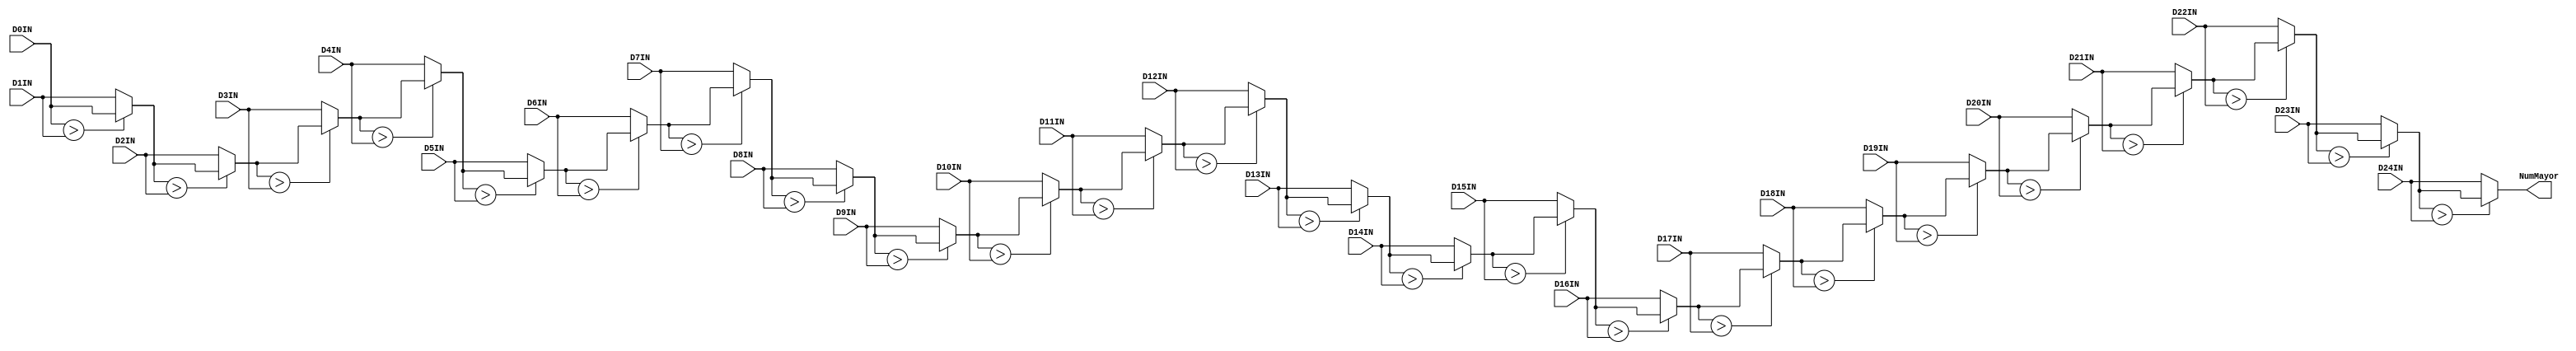
module ModuloEsp(
	 input [31:0] D0IN,
	 input [31:0] D1IN,
	 input [31:0] D2IN,
	 input [31:0] D3IN,
	 input [31:0] D4IN,
	 input [31:0] D5IN,
	 input [31:0] D6IN,
	 input [31:0] D7IN,
	 input [31:0] D8IN,
	 input [31:0] D9IN,
	 input [31:0] D10IN,
	 input [31:0] D11IN,
	 input [31:0] D12IN,
	 input [31:0] D13IN,
	 input [31:0] D14IN,
	 input [31:0] D15IN,
	 input [31:0] D16IN,
	 input [31:0] D17IN,
	 input [31:0] D18IN,
	 input [31:0] D19IN,
	 input [31:0] D20IN,
	 input [31:0] D21IN,
	 input [31:0] D22IN,
	 input [31:0] D23IN,
	 input [31:0] D24IN,
	 output reg [31:0] NumMayor
);

reg [31:0] MayorTMP0;
reg [31:0] MayorTMP1;
reg [31:0] MayorTMP2;
reg [31:0] MayorTMP3;
reg [31:0] MayorTMP4;
reg [31:0] MayorTMP5;
reg [31:0] MayorTMP6;
reg [31:0] MayorTMP7;
reg [31:0] MayorTMP8;
reg [31:0] MayorTMP9;
reg [31:0] MayorTMP10;
reg [31:0] MayorTMP11;
reg [31:0] MayorTMP12;
reg [31:0] MayorTMP13;
reg [31:0] MayorTMP14;
reg [31:0] MayorTMP15;
reg [31:0] MayorTMP16;
reg [31:0] MayorTMP17;
reg [31:0] MayorTMP18;
reg [31:0] MayorTMP19;
reg [31:0] MayorTMP20;
reg [31:0] MayorTMP21;
reg [31:0] MayorTMP22;
reg [31:0] MayorTMP23;

initial begin
MayorTMP0 <= 0;
MayorTMP1 <= 0;
MayorTMP2 <= 0;
MayorTMP3 <= 0;
MayorTMP4 <= 0;
MayorTMP5 <= 0;
MayorTMP6 <= 0;
MayorTMP7 <= 0;
MayorTMP8 <= 0;
MayorTMP9 <= 0;
MayorTMP10 <= 0;
MayorTMP11 <= 0;
MayorTMP12 <= 0;
MayorTMP13 <= 0;
MayorTMP14 <= 0;
MayorTMP15 <= 0;
MayorTMP16 <= 0;
MayorTMP17 <= 0;
MayorTMP18 <= 0;
MayorTMP19 <= 0;
MayorTMP20 <= 0;
MayorTMP21 <= 0;
MayorTMP22 <= 0;
MayorTMP23 <= 0;
end

always@(*)
begin
	if(D0IN > D1IN)
		MayorTMP0 <= D0IN;
	else
		MayorTMP0 <= D1IN;
		
	if(MayorTMP0 > D2IN)
		MayorTMP1 <= MayorTMP0;
	else
		MayorTMP1 <= D2IN;
		
	if(MayorTMP1 > D3IN)
		MayorTMP2 <= MayorTMP1;
	else
		MayorTMP2 <= D3IN;
		
	if(MayorTMP2 > D4IN)
		MayorTMP3 <= MayorTMP2;
	else
		MayorTMP3 <= D4IN;
		
	if(MayorTMP3 > D5IN)
		MayorTMP4 <= MayorTMP3;
	else
		MayorTMP4 <= D5IN;
		
	if(MayorTMP4 > D6IN)
		MayorTMP5 <= MayorTMP4;
	else
		MayorTMP5 <= D6IN;
		
	if(MayorTMP5 > D7IN)
		MayorTMP6 <= MayorTMP5;
	else
		MayorTMP6 <= D7IN;
		
	if(MayorTMP6 > D8IN)
		MayorTMP7 <= MayorTMP6;
	else
		MayorTMP7 <= D8IN;
		
	if(MayorTMP7 > D9IN)
		MayorTMP8 <= MayorTMP7;
	else
		MayorTMP8 <= D9IN;
		
	if(MayorTMP8 > D10IN)
		MayorTMP9 <= MayorTMP8;
	else
		MayorTMP9 <= D10IN;
		
	if(MayorTMP9 > D11IN)
		MayorTMP10 <= MayorTMP9;
	else
		MayorTMP10 <= D11IN;
		
	if(MayorTMP10 > D12IN)
		MayorTMP11 <= MayorTMP10;
	else
		MayorTMP11 <= D12IN;
		
	if(MayorTMP11 > D13IN)
		MayorTMP12 <= MayorTMP11;
	else
		MayorTMP12 <= D13IN;
		
	if(MayorTMP12 > D14IN)
		MayorTMP13 <= MayorTMP12;
	else
		MayorTMP13 <= D14IN;
		
	if(MayorTMP13 > D15IN)
		MayorTMP14 <= MayorTMP13;
	else
		MayorTMP14 <= D15IN;
		
	if(MayorTMP14 > D16IN)
		MayorTMP15 <= MayorTMP14;
	else
		MayorTMP15 <= D16IN;
		
	if(MayorTMP15 > D17IN)
		MayorTMP16 <= MayorTMP15;
	else
		MayorTMP16 <= D17IN;
		
	if(MayorTMP16 > D18IN)
		MayorTMP17 <= MayorTMP16;
	else
		MayorTMP17 <= D18IN;
		
	if(MayorTMP17 > D19IN)
		MayorTMP18 <= MayorTMP17;
	else
		MayorTMP18 <= D19IN;
		
	if(MayorTMP18 > D20IN)
		MayorTMP19 <= MayorTMP18;
	else
		MayorTMP19 <= D20IN;
		
	if(MayorTMP19 > D21IN)
		MayorTMP20 <= MayorTMP19;
	else
		MayorTMP20 <= D21IN;
		
	if(MayorTMP20 > D22IN)
		MayorTMP21 <= MayorTMP20;
	else
		MayorTMP21 <= D22IN;
		
	if(MayorTMP21 > D23IN)
		MayorTMP22 <= MayorTMP21;
	else
		MayorTMP22 <= D23IN;
		
	if(MayorTMP22 > D24IN)
		MayorTMP23 <= MayorTMP22;
	else
		MayorTMP23 <= D24IN;
		
	NumMayor <= MayorTMP23;
end

endmodule